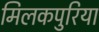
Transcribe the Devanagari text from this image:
मिलकपुरिया